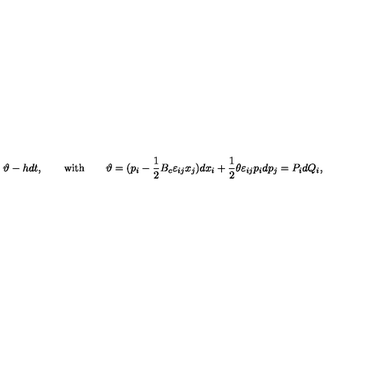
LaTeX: \vartheta - h d t , \qquad \mathrm { w i t h } \qquad \vartheta = ( p _ { i } - \frac { 1 } { 2 } { B _ { c } } \varepsilon _ { i j } x _ { j } ) d x _ { i } + \frac { 1 } { 2 } \theta \varepsilon _ { i j } p _ { i } d p _ { j } = P _ { i } d Q _ { i } ,